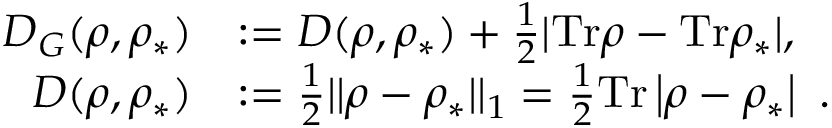
\begin{array} { r l } { D _ { G } ( \rho , \rho _ { \ast } ) } & { : = D ( \rho , \rho _ { \ast } ) + \frac { 1 } { 2 } | \mathrm { T r } \rho - \mathrm { T r } \rho _ { \ast } | , } \\ { D ( \rho , \rho _ { \ast } ) } & { : = \frac { 1 } { 2 } | | \rho - \rho _ { \ast } | | _ { 1 } = \frac { 1 } { 2 } \mathrm { T r } \left\vert \rho - \rho _ { \ast } \right\vert ~ . } \end{array}